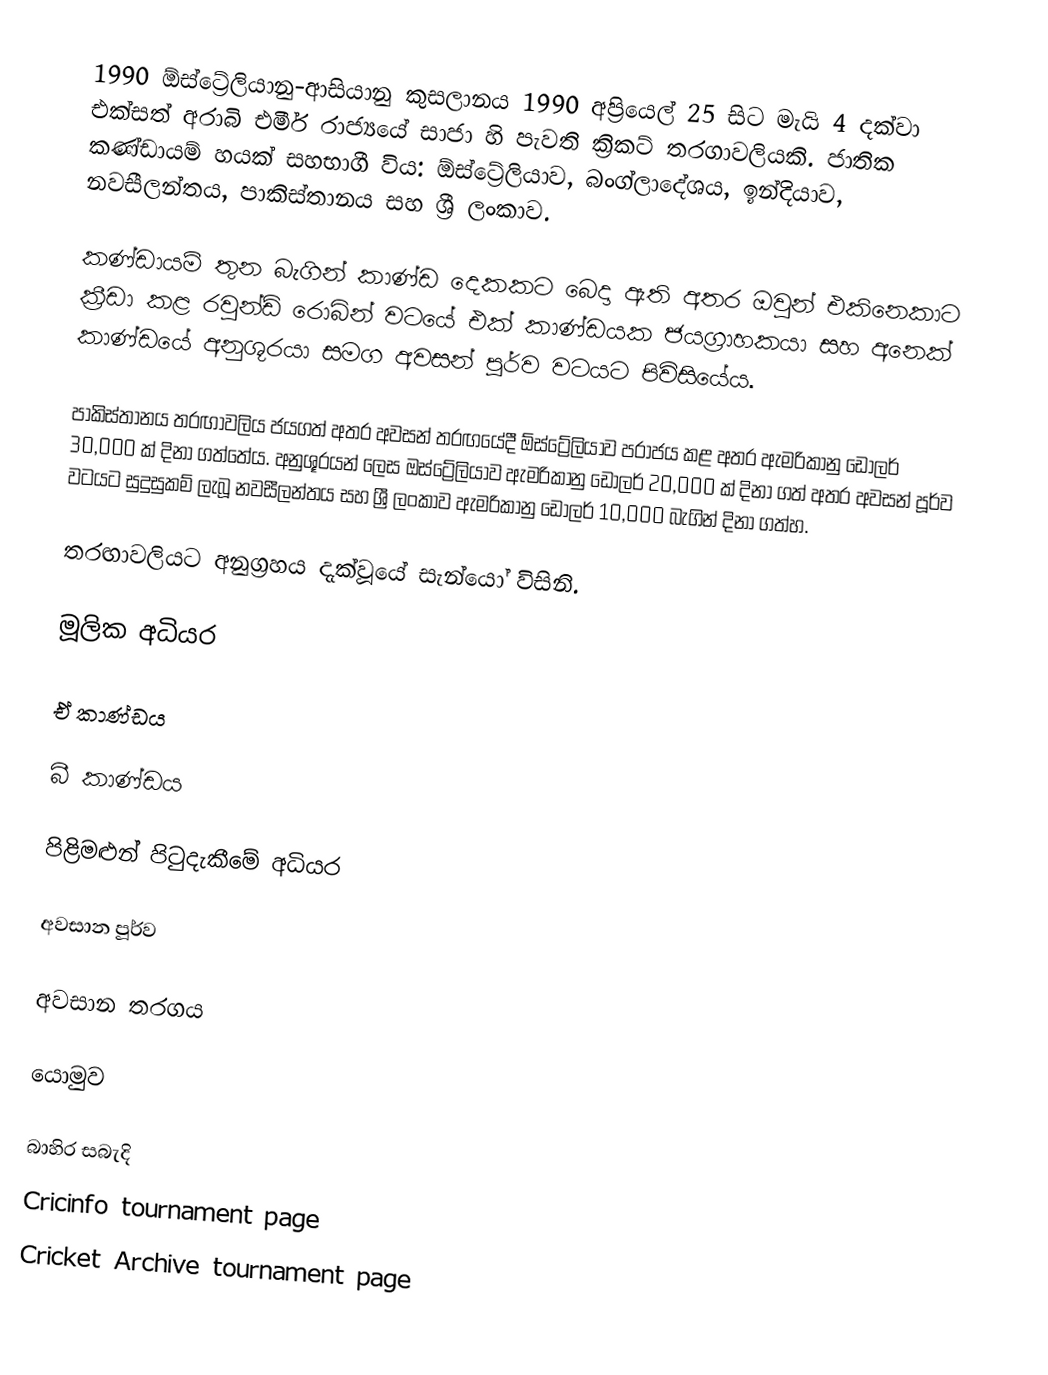
1990 ඕස්ට්‍රේලියානු-ආසියානු කුසලානය 1990 අප්‍රියෙල් 25 සිට මැයි 4 දක්වා එක්සත් අරාබි එමීර් රාජ්‍යයේ සාජා හි පැවති ක්‍රිකට් තරගාවලියකි. ජාතික කණ්ඩායම් හයක් සහභාගී විය: ඕස්ට්‍රේලියාව, බංග්ලාදේශය, ඉන්දියාව, නවසීලන්තය, පාකිස්තානය සහ ශ්‍රී ලංකාව.

කණ්ඩායම් තුන බැගින් කාණ්ඩ දෙකකට බෙදා ඇති අතර ඔවුන් එකිනෙකාට ක්‍රීඩා කළ රවුන්ඩ් රොබින් වටයේ එක් කාණ්ඩයක ජයග්‍රාහකයා සහ අනෙක් කාණ්ඩයේ අනුශූරයා සමග අවසන් පූර්ව වටයට පිවිසියේය.

පාකිස්තානය තරඟාවලිය ජයගත් අතර අවසන් තරඟයේදී ඕස්ට්‍රේලියාව පරාජය කළ අතර ඇමරිකානු ඩොලර් 30,000 ක් දිනා ගත්තේය. අනුශූරයන් ලෙස ඔස්ට්‍රේලියාව ඇමරිකානු ඩොලර් 20,000 ක් දිනා ගත් අතර අවසන් පූර්ව වටයට සුදුසුකම් ලැබූ නවසීලන්තය සහ ශ්‍රී ලංකාව ඇමරිකානු ඩොලර් 10,000 බැගින් දිනා ගත්හ.

තරඟාවලියට අනුග්‍රහය දැක්වූයේ සැන්යෝ විසිනි.

මූලික අධියර

ඒ කාණ්ඩය

බී කාණ්ඩය

පිළිමළුන් පිටුදැකීමේ අධියර

අවසාන පූර්ව

අවසාන තරගය

‍යොමුව

බාහිර සබැදි
Cricinfo tournament page
 Cricket Archive tournament page